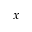
x